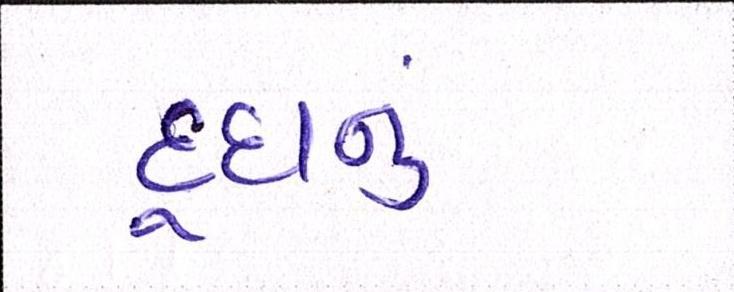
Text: દૂધનું